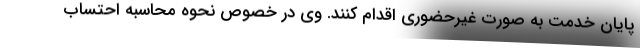
پایان خدمت به صورت غیرحضوری اقدام کنند. وی در خصوص نحوه محاسبه احتساب